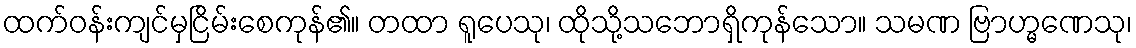
ထက်ဝန်းကျင်မှငြိမ်းစေကုန်၏။ တထာ ရူပေသု၊ ထိုသို့သဘောရှိကုန်သော။ သမဏ ဗြာဟ္မဏေသု၊